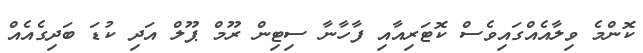
ކޮންމެ ވިލާއެއްގައިވެސް ކޮޓަރިއާއި ފާހާނާ ސިޓިން ރޫމް ޕޫލް އަދި ކުޑަ ބަދިގެއެއް